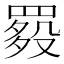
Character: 𦋲